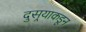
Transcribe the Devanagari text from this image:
दुसर्‍याकडून